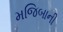
મજિબાની